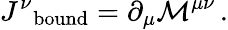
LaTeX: {J^{\nu}}_{\mathrm{bound}}=\partial_{\mu}{\mathcal{M}}^{\mu\nu}\, .